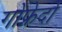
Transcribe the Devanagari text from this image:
गोफ्रेदो